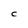
Character: C